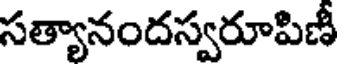
సత్యానందస్వరూపిణీ